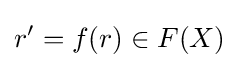
r'=f(r)\in F(X)